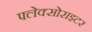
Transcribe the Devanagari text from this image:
फ्लेक्सोराइटर